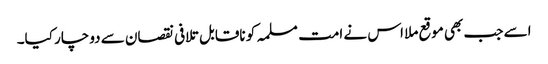
اسے جب بھی موقع ملا اس نے امت مسلمہ کو ناقابل تلافی نقصان سے دوچار کیا۔